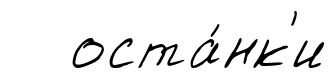
оста́нк'и